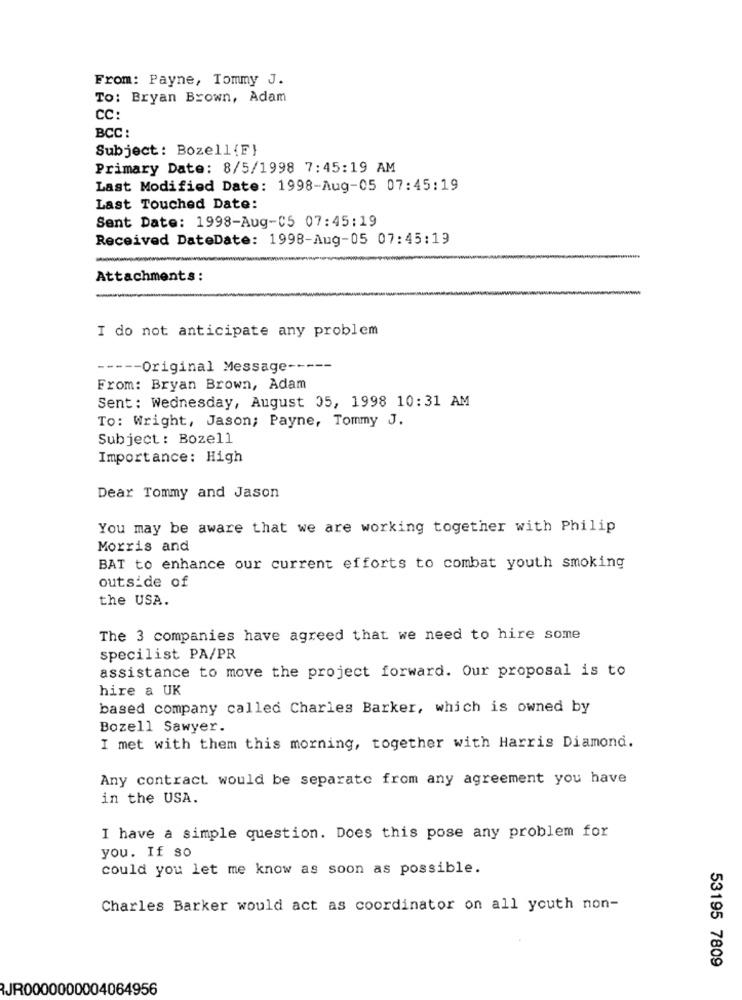
From: Payne, Tommy J.
To: Bryan Brown, Adam
CC:
BCC :
Subject: Bozell{F}
Primary Date: 8/5/1998 7:45:19 AM
Last Modified Date: 1998-Aug-05 07:45:19
Last Touched Date:
Sent Date: 1998-Aug-05 07:45:19
Received DateDate: 1998-Aug-05 07:45:19
Attachments:
I do not anticipate any problem
----- Original Message -----
From: Bryan Brown, Adam
Sent: Wednesday, August 35, 1998 10:31 AM
To: Wright, Jason; Payne, Tommy J.
Subject: Bozell
Importance: High
Dear Tommy and Jason
You may be aware that we are working together with Philip
Morris and
BAT to enhance our current efforts to combat youth smoking
outside of
the USA.
The 3 companies have agreed that we need to hire some
specilist PA/PR
assistance to move the project forward. Our proposal is to
hire a UK
based company called Charles Barker, which is owned by
Bozell Sawyer.
I met with them this morning, together with Harris Diamond.
Any contract would be separate from any agreement you have
in the USA.
I have a simple question. Does this pose any problem for
you. If so
could you let me know as soon as possible.
Charles Barker would act as coordinator on all youth non-
53195 7809
JR0000000004064956